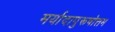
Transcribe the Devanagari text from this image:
मर्यादापुरूषोत्तम